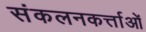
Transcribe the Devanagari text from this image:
संकलनकर्त्ताओं